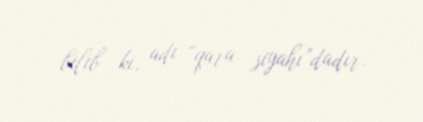
bilib ki, adı “qara siyahı”dadır.